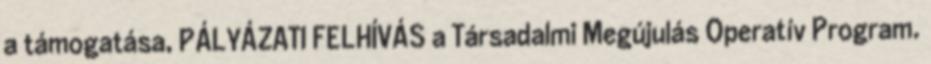
a támogatása, PÁLYÁZATI FELHÍVÁS a Társadalmi Megújulás Operatív Program.